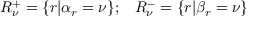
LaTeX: R _ { \nu } ^ { + } = \{ r | \alpha _ { r } = \nu \} ; \; \; \; R _ { \nu } ^ { - } = \{ r | \beta _ { r } = \nu \}